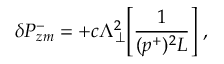
\delta P _ { z m } ^ { - } = + c \Lambda _ { \perp } ^ { 2 } \Biggl [ { \frac { 1 } { ( p ^ { + } ) ^ { 2 } L } } \Biggr ] \; ,